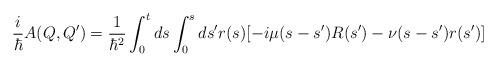
LaTeX: \begin{align*}\frac{i}{\hbar}A(Q, Q')= \frac{1}{\hbar^{2}}\int_{0}^{t} ds \int_{0}^{s} ds' r(s)[-i \mu(s-s')R(s') - \nu(s-s') r(s')]\end{align*}